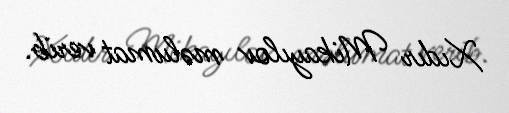
Xıdır Mikayılov məlumat verib.